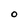
Character: O